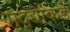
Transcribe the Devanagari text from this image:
मुद्‍द्यांकडे